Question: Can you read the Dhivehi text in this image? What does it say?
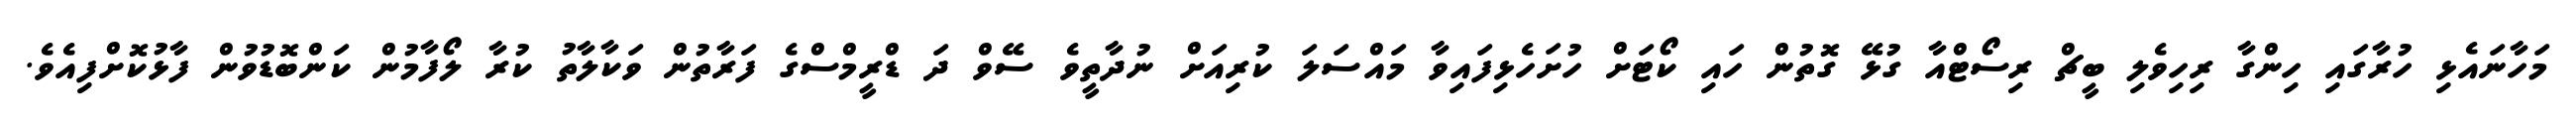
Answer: މަހާނައެޅި ހުރާގައި ހިންގާ ރިހިވެލި ބީޗް ރިސޯޓްއާ ގުޅޭ ގޮތުން ހައި ކޯޓަށް ހުށަހެޅިފައިވާ މައްސަލަ ކުރިއަށް ނުދާތީވެ ސޭވް ދަ ޑްރީމްސްގެ ފަރާތުން ވަކާލާތު ކުރާ ލޯފާމުން ކަންބޮޑުވުން ފާޅުކޮށްފިއެވެ.